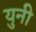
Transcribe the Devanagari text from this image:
युनी